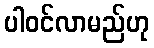
ပါဝင်လာမည်ဟု